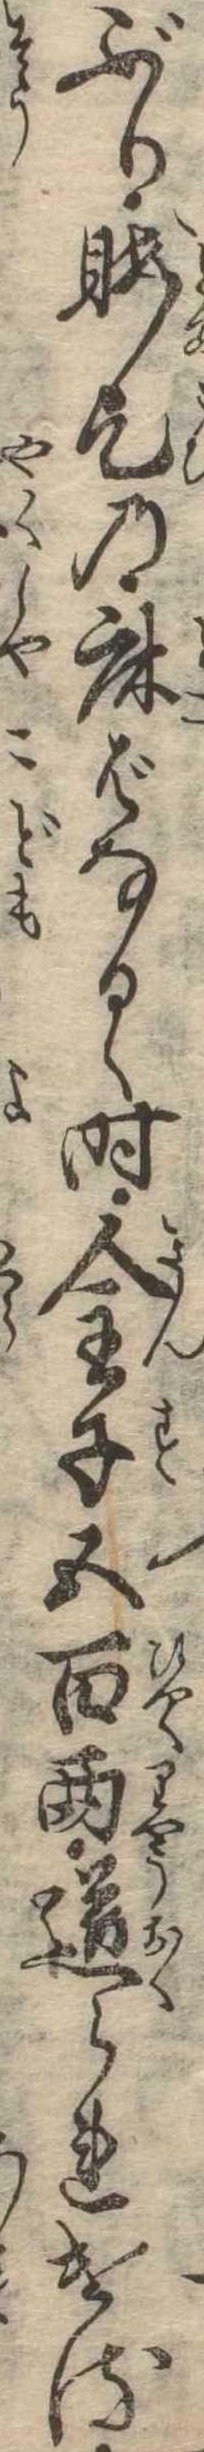
ぶり暇乞の床ばなるゝ時金子五百両送られける